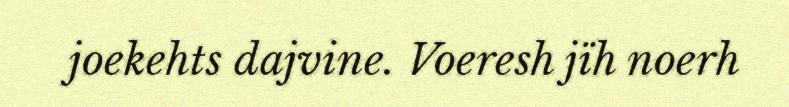
joekehts dajvine. Voeresh jïh noerh